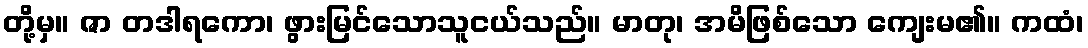
တို့မှ။ ဇာ တဒါရကော၊ ဖွားမြင်သောသူငယ်သည်။ မာတု၊ အမိဖြစ်သော ကျေးမ၏။ ကထံ၊